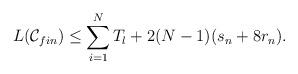
LaTeX: \begin{align*}L({\cal C}_{fin}) \leq \sum_{i=1}^{N} T_l + 2(N-1)(s_n + 8r_n).\end{align*}